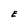
Character: E